Report of the Indian Hemp Drugs Commission, 1894-1895 - Volume IV
Year: 1894
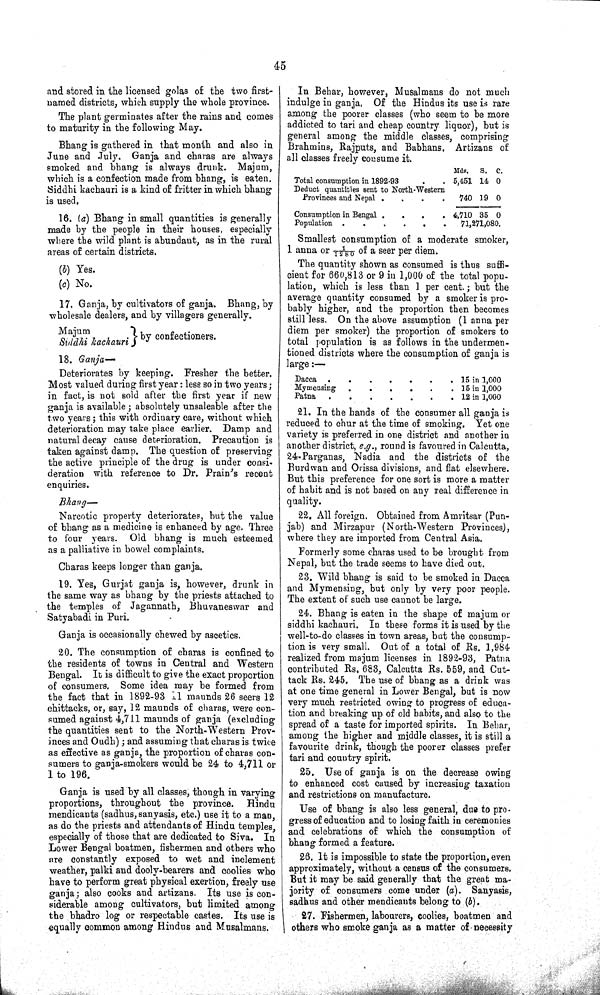
45
and stored in the licensed golas of the two first-
named districts, which supply the whole province.
The plant germinates after the rains and comes
to maturity in the following May.
Bhang is gathered in that month and also in
June and July. Ganja and charas are always
smoked and bhang is always drunk. Majum,
which is a confection made from bhang, is eaten.
Siddhi kachauri is a kind of fritter in which bhang
is used.
16. (a) Bhang in small quantities is generally
made by the people in their houses, especially
where the wild plant is abundant, as in the rural
areas of certain districts.
(b) Yes.
(c) No.
17. Ganja, by cultivators of ganja. Bhang, by
wholesale dealers, and by villagers generally.
Majum
Siddhi kachauri
by confectioners.
18. Ganja—
Deteriorates by keeping. Fresher the better.
Most valued during first year: less so in two years;
in fact, is not sold after the first year if new
ganja is available; absolutely unsaleable after the
two years; this with ordinary care, without which
deterioration may take place earlier. Damp and
natural decay cause deterioration. Precaution is
taken against damp. The question of preserving
the active principle of the drug is under consi-
deration with reference to Dr. Prain's recent
enquiries.
Bhang—
Narcotic property deteriorates, but the value
of bhang as a medicine is enhanced by age. Three
to four years. Old bhang is much esteemed
as a palliative in bowel complaints.
Charas keeps longer than ganja.
19. Yes, Gurjat ganja is, however, drunk in
the same way as bhang by the priests attached to
the temples of Jagannath, Bhuvaneswar and
Satyabadi in Puri.
Ganja is occasionally chewed by ascetics.
20. The consumption of charas is confined to
the residents of towns in Central and Western
Bengal. It is difficult to give the exact proportion
of consumers. Some idea may be formed from
the fact that in 1892-93 11 maunds 26 seers 12
chittacks, or, say, 12 maunds of charas, were con-
sumed against 4,711 maunds of ganja (excluding
the quantities sent to the North-Western Prov-
inces and Oudh); and assuming that charas is twice
as effective as ganja, the proportion of charas con-
sumers to ganja-smokers would be 24 to 4,711 or
1 to 196.
Ganja is used by all classes, though in varying
proportions, throughout the province. Hindu
mendicants (sadhus, sanyasis, etc.) use it to a man,
as do the priests and attendants of Hindu temples,
especially of those that are dedicated to Siva. In
Lower Bengal boatmen, fishermen and others who
are constantly exposed to wet and inclement
weather, palki and dooly-bearers and coolies who
have to perform great physical exertion, freely use
ganja; also cooks and artizans. Its use is con-
siderable among cultivators, but limited among
the bhadro log or respectable castes. Its use is
equally common among Hindus and Musalmans.
In Behar, however, Musalmans do not much
indulge in ganja, Of the Hindus its use is rare
among the poorer classes (who seem to be more
addicted to tari and cheap country liquor), but is
general among the middle classes, comprising
Brahmins, Rajputs, and Babhans. Artizans of
all classes freely consume it.
Mds.
S. C.
Total consumption in 1892-93
5,451 14 0
Deduct quantities sent to North-Western
Provinces and Nepal
740 19 0
Consumption in Bengal
4,710 35 0
Population
71,271,080.
Smallest consumption of a moderate smoker,
1 anna or 1/1280 of a seer per diem.
The quantity shown as consumed is thus suffi-
cient for 660,813 or 9 in 1,000 of the total popu-
lation, which is less than 1 per cent.; but the
average quantity consumed by a smoker is pro-
bably higher, and the proportion then becomes
still less. On the above assumption (1 anna per
diem per smoker) the proportion of smokers to
total population is as follows in the undermen-
tioned districts where the consumption of ganja is
large:—
Dacca
15 in 1,000
Mymensing
15 in 1,000
Patna
12 in 1,000
21. In the hands of the consumer all ganja is
reduced to chur at the time of smoking. Yet one
variety is preferred in one district and another in
another district, e.g., round is favoured in Calcutta,
24-Parganas, Nadia and the districts of the
Burdwan and Orissa divisions, and flat elsewhere.
But this preference for one sort is more a matter
of habit and is not based on any real difference in
quality.
22. All foreign. Obtained from Amritsar (Pun-
jab) and Mirzapur (North-Western Provinces),
where they are imported from Central Asia.
Formerly some charas used to be brought from
Nepal, but the trade seems to have died out.
23. Wild bhang is said to be smoked in Dacca
and Mymensing, but only by very poor people.
The extent of such use cannot be large.
24. Bhang is eaten in the shape of majum or
siddhi kachauri. In these forms it is used by the
well-to-do classes in town areas, but the consump-
tion is very small. Out of a total of Rs. 1,984
realized from majum licenses in 1892-93, Patna
contributed Rs. 683, Calcutta Rs. 559, and Cut-
tack Rs. 245. The use of bhang as a drink was
at one time general in Lower Bengal, but is now
very much restricted owing to progress of educa-
tion and breaking up of old habits, and also to the
spread of a taste for imported spirits. In Behar,
among the higher and middle classes, it is still a
favourite drink, though the poorer classes prefer
tari and country spirit.
25. Use of ganja is on the decrease owing
to enhanced cost caused by increasing taxation
and restrictions on manufacture.
Use of bhang is also less general, due to pro-
gress of education and to losing faith in ceremonies
and celebrations of which the consumption of
bhang formed a feature.
26. It is impossible to state the proportion, even
approximately, without a census of the consumers.
But it may be said generally that the great ma-
jority of consumers come under (a). Sanyasis,
sadhus and other mendicants belong to (b).
27. Fishermen, labourers, coolies, boatmen and
others who smoke ganja as a matter of necessity